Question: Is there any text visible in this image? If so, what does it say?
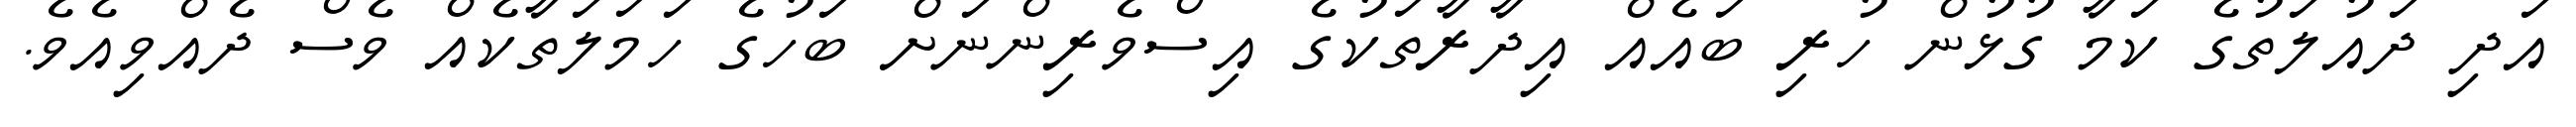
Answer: އަދި ދައުލަތުގެ ކަމާ ގުޅުން ހުރި ބައެއް އިދާރާތަކުގެ އިސްވެރިންނަށް ބަހުގެ ހަމަލަތާކެއް ވެސް ދެއްވިއެވެ.